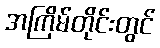
အကြိမ်တိုင်းတွင်